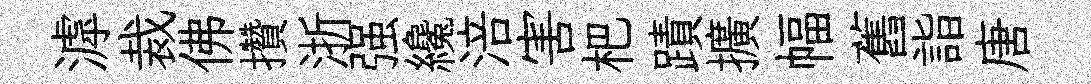
滹裁佛攢浙强纔涪害杷蹟擴幅舊詣唐